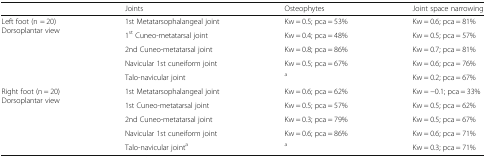
<table><thead><tr><td></td><td><b>Joints</b></td><td><b>Osteophytes</b></td><td><b>Joint space narrowing</b></td></tr></thead><tbody><tr><td rowspan="5">Left foot (n = 20)Dorsoplantar view</td><td>1st Metatarsophalangeal joint</td><td>Kw = 0.5; pca = 53%</td><td>Kw = 0.6; pca = 81%</td></tr><tr><td>1<sup>st</sup> Cuneo-metatarsal joint</td><td>Kw = 0.4; pca = 48%</td><td>Kw = 0.5; pca = 57%</td></tr><tr><td>2nd Cuneo-metatarsal joint</td><td>Kw = 0.8; pca = 86%</td><td>Kw = 0.7; pca = 81%</td></tr><tr><td>Navicular 1st cuneiform joint</td><td>Kw = 0.5; pca = 67%</td><td>Kw = 0.6; pca = 76%</td></tr><tr><td>Talo-navicular joint</td><td><sup>a</sup></td><td>Kw = 0.2; pca = 67%</td></tr><tr><td rowspan="5">Right foot (n = 20)Dorsoplantar view</td><td>1st Metatarsophalangeal joint</td><td>Kw = 0.6; pca = 62%</td><td>Kw = −0.1; pca = 33%</td></tr><tr><td>1st Cuneo-metatarsal joint</td><td>Kw = 0.5; pca = 57%</td><td>Kw = 0.5; pca = 62%</td></tr><tr><td>2nd Cuneo-metatarsal joint</td><td>Kw = 0.3; pca = 79%</td><td>Kw = 0.5; pca = 67%</td></tr><tr><td>Navicular 1st cuneiform joint</td><td>Kw = 0.6; pca = 86%</td><td>Kw = 0.6; pca = 71%</td></tr><tr><td>Talo-navicular joint<sup>a</sup></td><td><sup>a</sup></td><td>Kw = 0.3; pca = 71%</td></tr></tbody></table>